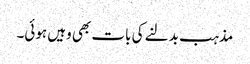
مذہب بدلنے کی بات بھی وہیں ہوئی۔